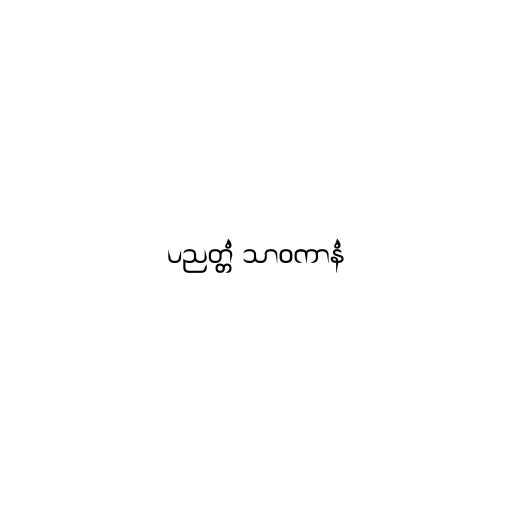
ပညတ္တံ သာဝကာနံ